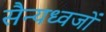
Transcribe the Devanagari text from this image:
सैन्यध्वजों